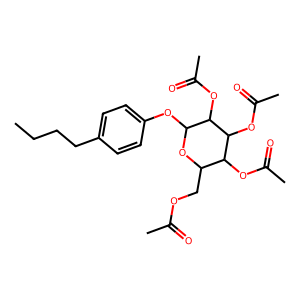
SMILES: CCCCc1ccc(OC2OC(COC(C)=O)C(OC(C)=O)C(OC(C)=O)C2OC(C)=O)cc1
Inhibits HIV replication: No